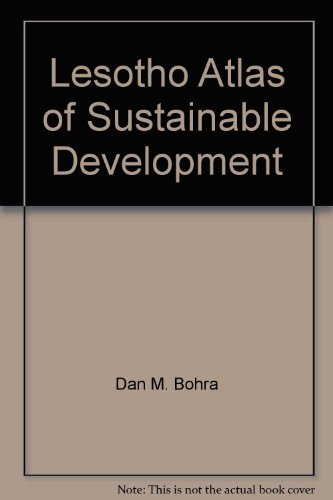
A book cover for Lesotho Atlas of Sustainable Development; Dan M. Bohra; Travel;